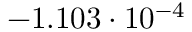
- 1 . 1 0 3 \cdot 1 0 ^ { - 4 }